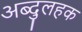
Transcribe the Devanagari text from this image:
अब्दुलहक